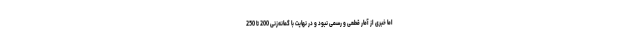
اما خبری از آمار قطعی و رسمی نبود و در نهایت با گمانه‌زنی 200 تا 250